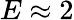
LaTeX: E\approx 2